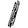
Digit: 1